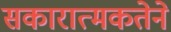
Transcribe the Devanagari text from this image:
सकारात्मकतेने